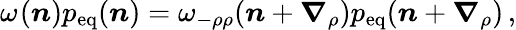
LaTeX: \omega_{}(\boldsymbol n)p_{\mathrm{eq}}(\boldsymbol n)=\omega_{-\rho\rho}(\boldsymbol n+\boldsymbol{\nabla}_{\rho})p_{\mathrm{eq}}(\boldsymbol n+\boldsymbol{\nabla}_{\rho})\, ,